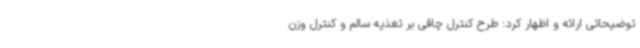
توضیحاتی ارائه و اظهار کرد: طرح کنترل چاقی بر تغذیه سالم و کنترل وزن